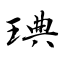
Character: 琠